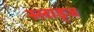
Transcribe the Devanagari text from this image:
स्लाड्ज